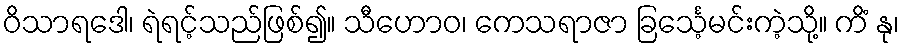
ဝိသာရဒေါ၊ ရဲရင့်သည်ဖြစ်၍။ သီဟောဝ၊ ကေသရာဇာ ခြင်္သေ့မင်းကဲ့သို့။ ကိံ နု၊